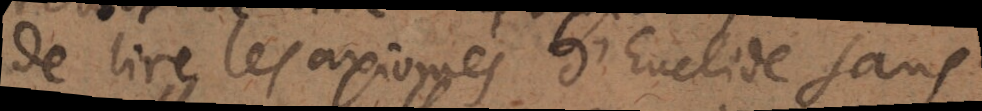
de lire les axiomes d’Euclide sans